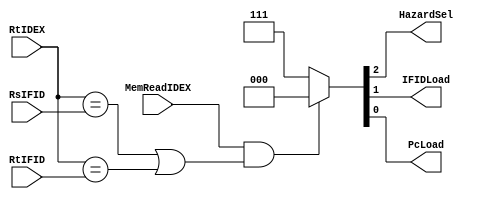
module HazardDetectionUnit(HazardSel, IFIDLoad, PcLoad, RtIDEX, RsIFID, RtIFID, MemReadIDEX);
    output reg HazardSel, IFIDLoad, PcLoad;
    input [4:0] RtIDEX, RsIFID, RtIFID;
    input MemReadIDEX;

    always @(MemReadIDEX, RtIDEX, RsIFID, RtIFID) begin
        {HazardSel, IFIDLoad, PcLoad} <= 3'd7;

        if (MemReadIDEX && ((RtIDEX == RsIFID) || (RtIDEX == RtIFID))) begin
            {HazardSel, IFIDLoad, PcLoad} <= 3'd0;
        end
    end
endmodule